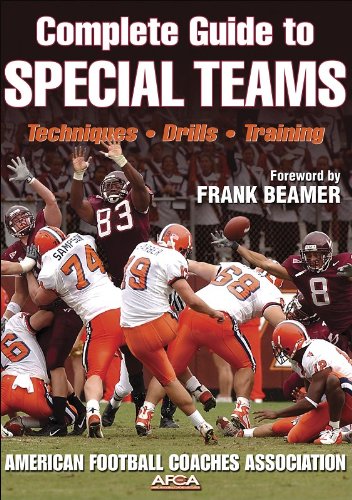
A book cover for Complete Guide to Special Teams; American Football Coaches Association; Sports & Outdoors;